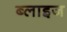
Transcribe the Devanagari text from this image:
ब्लाइज